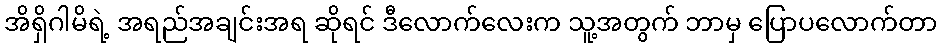
အိရှိဂါမိရဲ့ အရည်အချင်းအရ ဆိုရင် ဒီလောက်လေးက သူ့အတွက် ဘာမှ ပြောပလောက်တာ